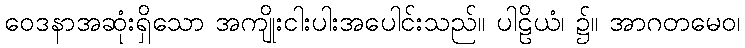
ဝေဒနာအဆုံးရှိသော အကျိုးငါးပါးအပေါင်းသည်။ ပါဠိယံ၊ ၌။ အာဂတမေဝ၊